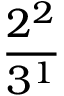
\frac { 2 ^ { 2 } } { 3 ^ { 1 } }